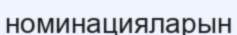
номинацияларын